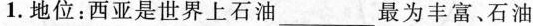
1.地位：西亚是世界上石油